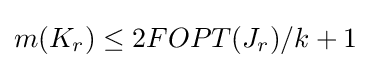
m(K_{r})\leq 2FOPT(J_{r})/k+1